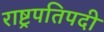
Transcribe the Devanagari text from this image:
राष्ट्रपतिपदी